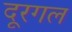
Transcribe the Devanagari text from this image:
दूरगल